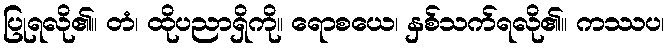
ပြုရလို၏။ တံ၊ ထိုပညာရှိကို။ ရောစယေ၊ နှစ်သက်ရလို၏။ ကဿပ၊